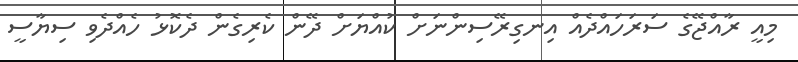
މިއީ ރާއްޖޭގެ ސަރަހައްދެއް އިނގިރޭސިންނަށް ކުއްޔަށް ދޭން ކެރިގެން ދެކޮޅު ހެއްދެވި ސިޔާސީ